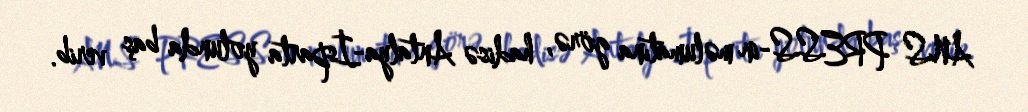
ANS PRESS-in məlumatına görə, hadisə Antalya-İsparta yolunda baş verib.